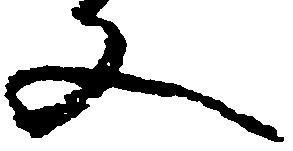
又